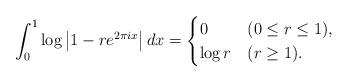
LaTeX: \begin{align*} \int_0^{1}\log\left|1-re^{2\pi ix}\right|dx= \begin{cases} 0&(0\le r\le 1),\\ \log r&(r\ge1). \end{cases}\end{align*}